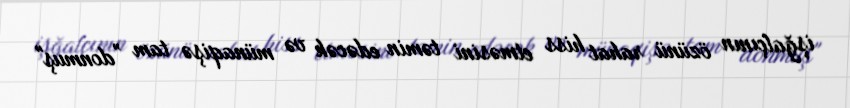
işğalçının özünü rahat hiss etməsini təmin edəcək və münaqişə tam ”donmuş"